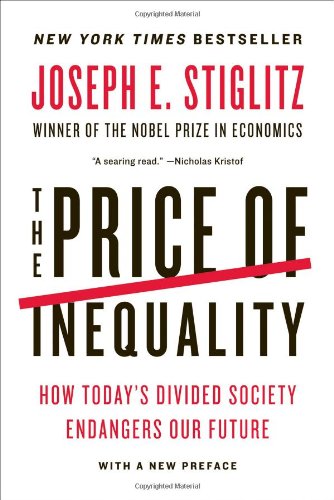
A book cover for The Price of Inequality: How Today's Divided Society Endangers Our Future; Joseph E. Stiglitz; Business & Money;